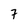
Character: 7